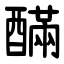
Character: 䤍